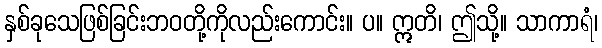
နှစ်ခုသေဖြစ်ခြင်းဘဝတို့ကိုလည်းကောင်း။ ပ။ ဣတိ၊ ဤသို့။ သာကာရံ၊